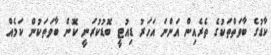
ކާޑުގެ ބާވަތްތަކުގެ ތެރެއިން އަންނަ އަހަރު ޑިއުޓީ ބޮޑުކުރަނީ ކޮން ބާވަތަކުން ކަމެއް